Vaccination United Provinces of Agra and Oudh 1902-1913 - 1902-1913
Year: 1902
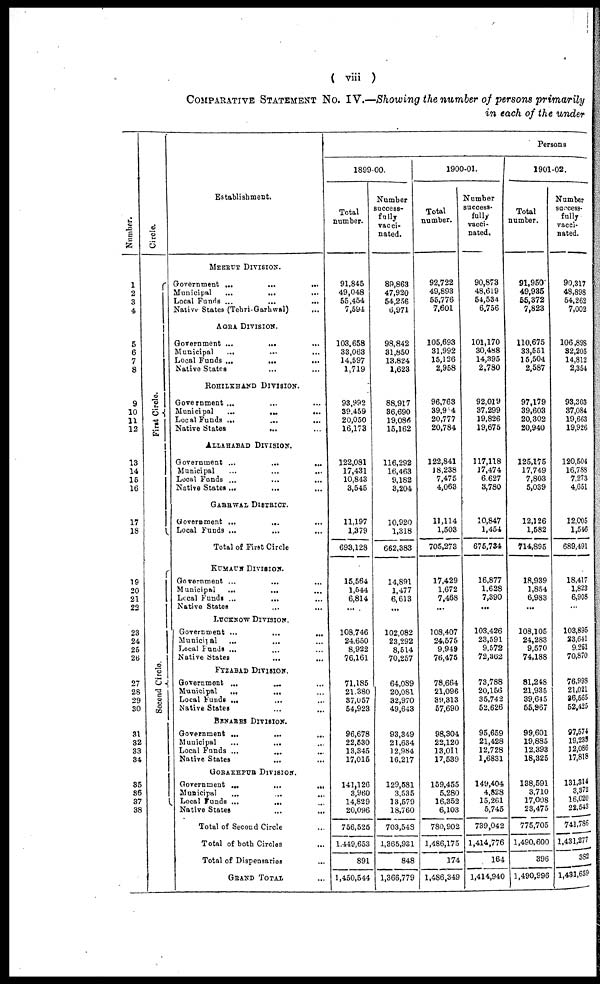
( viii )
COMPARATIVE STATEMENT No. IV.—Showing the number of persons primarily
in each of the under
Number.
1
2
3
4
5
6
7
8
9
10
11
12
13
14
15
16
17
18
19
20
21
22
23
24
25
26
27
28
29
30
31
32
33
34
35
36
37
38
Circle.
First Circle.
Second Circle.
Establishment.
MEERUT DIVISION.
Government ...
...
...
Municipal
...
... ...
Local Funds ...
...
...
Native States (Tehri-Garhwal) ...
AGRA DIVISION.
Government ...
...
...
Municipal ... ... ...
Local Funds ...
...
...
Native States ... ... ...
ROHILKHAND DIVISION.
Government ... ... ...
Municipal
... ...
...
Local Funds ... ... ...
Native States
... ... ...
ALLAHABAD DIVISION.
Government ...
...
...
Municipal ... ... ...
Local Funds ... ... ...
Native States ... ... ...
GARHWAL DISTRICT.
Government ...
... ...
Local Funds ... ... ...
Total of First Circle
KUMAUN DIVISION.
Government ...
... ...
Municipal
...
... ...
Local Funds ...
... ...
Native States ... ...
LUCKNOW DIVISION.
Government ...
...
...
Municipal
...
... ...
Local Funds ... ... ...
Native States ... ...
FYZABAD DIVISION.
Government ...
... ...
Municipal
...
... ...
Local Funds ... ... ...
Native States ... ...
BENARES DIVISION.
Government ...
...
...
Municipal
...
... ...
Local Funds ... ... ...
Native States ... ...
GORAKHPUR DIVISION.
Government ...
...
...
Municipal
...
...
...
Local Funds ...
... ...
Native States ... ...
Total of Second Circle ...
Total of both Circles ...
Total of Dispensaries ...
GRAND TOTAL ...
Persons
1899-00.
Total
number.
91,845
49,048
55,454
7,594
103,658
33,063
14,597
1,719
93,992
39,459
20,050
16,173
122,081
17,431
10,843
3,545
11,197
1,379
693,128
15,564
1,544
6,814
...
108,746
24,650
8,922
76,161
71,185
21,380
37,057
54,923
96,678
22,530
13,345
17,015
141,126
3,960
14,829
20,096
756,525
1,449,653
891
1,450,544
Number
success¬
fully
vacci-
nated.
89,863
47,920
54,256
6,971
98,842
31,850
13,824
1,623
88,917
36,690
19,085
15,162
116,292
16,463
9,182
3,204
10,920
1,318
662,383
14,891
1,477
6,613
...
102,082
23,292
8,514
70,257
64,089
20,081
32,970
49,643
93,349
21,634
12,984
16,217
129,581
3,535
13,579
18,760
703,548
1,365,931
848
1,366,779
1900-01.
Total
number.
92,722
49,893
55,776
7,601
105,693
31,992
15,126
2,958
96,763
39,954
20,777
20,784
122,841
18,238
7,475
4,063
11,114
1,503
705,273
17,429
1,672
7,468
...
108,407
24,575
9,949
76,475
78,664
21,096
39,313
57,690
98,304
22,120
13,011
17,539
159,455
5,280
16,352
6,103
780,902
1,486,175
174
1,486,349
Number
success-
fully
vacci-
nated.
90,873
48,619
54,534
6,756
101,170
30,488
14,395
2,780
92,019
37,299
19,826
19,675
117,118
17,474
6,627
3,780
10,847
1,454
675,734
16,877
1,628
7,390
...
103,426
23,591
9,572
72,362
73,788
20,156
35,742
52,626
95,659
21,428
12,728
1,6831
149,404
4,828
15,261
5,745
739,042
1,414,776
164
1,414,940
1901-02.
Total
number.
91,950
49,935
55,372
7,823
110,675
33,551
15,504
2,587
97,179
39,603
20,302
20,940
125,175
17,749
7,803
5,039
12,126
1,582
714,895
18,939
1,854
6,983
...
108,105
24,283
9,570
74,188
81,248
21,935
39,645
55,967
99,601
19,885
12,393
18,325
138,591
3,710
17,008
23,475
775,705
1,490,600
396
1,490,996
Number
success¬
fully
vacci¬
nated.
90,317
48,898
54,262
7,002
106,898
32,205
14,812
2,354
93,303
37,084
19,663
19,926
120,504
16,788
7,273
4,651
12,005
1,546
689,491
18,417
1,823
6,908
...
103,895
23,641
9,261
70,870
76,998
21,021
36,565
52,425
97,574
19,235
12,086
17,818
131,314
3,372
16,020
22,543
741,786
1,431,277
382
1,431,659